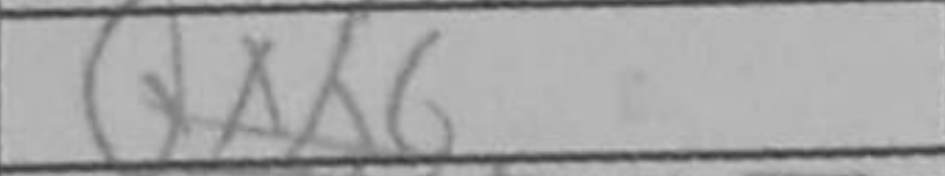
Transcription: Qxb6